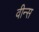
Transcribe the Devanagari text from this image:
वीन्स